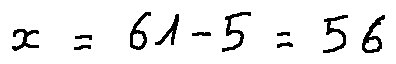
x = 6 1 - 5 = 5 6